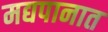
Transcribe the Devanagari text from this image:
मद्यपानात